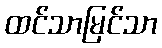
ထင်သာမြင်သာ